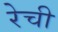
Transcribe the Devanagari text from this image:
रेची